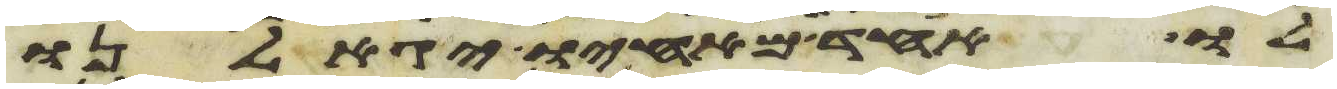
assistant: לו אחד מאחיו יגאלנו